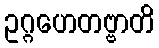
ဥဂ္ဂဟေတဗ္ဗာတိ